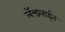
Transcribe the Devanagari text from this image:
लॅन्डलाईन